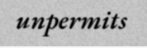
unpermits